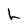
Character: h